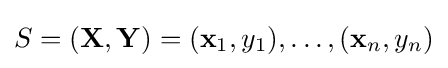
S=(\mathbf {X} ,\mathbf {Y} )=(\mathbf {x} _{1},y_{1}),\ldots ,(\mathbf {x} _{n},y_{n})